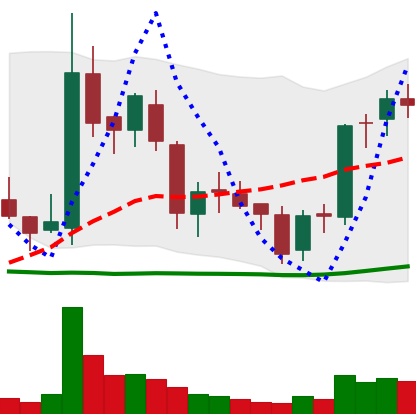
Ticker: BNB-USD
Chart end date: 2018-06-03
Forward return: 11.725%
Label: up_7plus